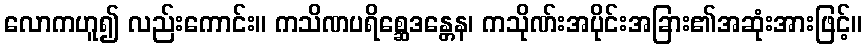
လောကဟူ၍ လည်းကောင်း။ ကသိဏပရိစ္ဆေဒန္တေန၊ ကသိုဏ်းအပိုင်းအခြား၏အဆုံးအားဖြင့်။